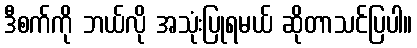
ဒီစက်ကို ဘယ်လို အသုံးပြုရမယ် ဆိုတာသင်ပြပါ။